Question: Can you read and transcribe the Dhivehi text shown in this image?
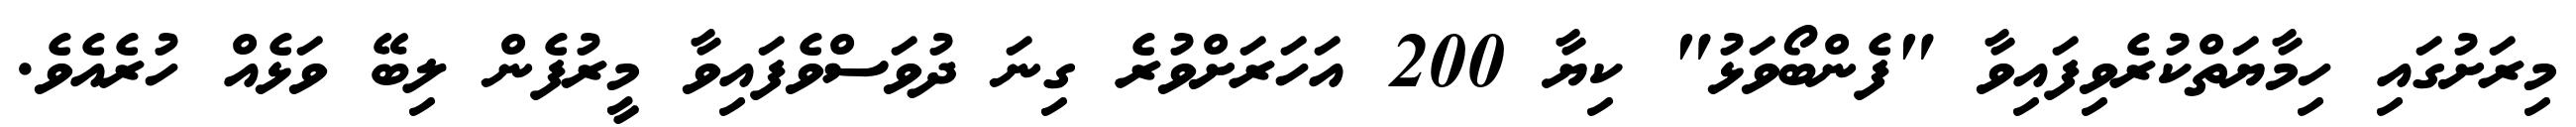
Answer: މިރަށުގައި ހިމާޔަތްކުރެވިފައިވާ "ފެންބޯވަޅު" ކިޔާ 200 އަހަރަށްވުރެ ގިނަ ދުވަސްވެފައިވާ މީރުފެން ލިބޭ ވަޅެއް ހުރެއެވެ.